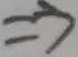
\Rightarrow